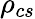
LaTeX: \rho_{cs}